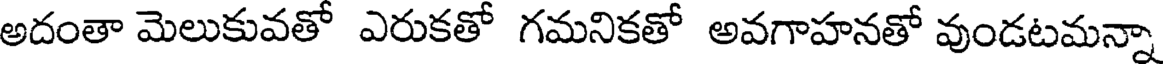
అదంతా మెలుకువతో ఎరుకతో గమనికతో అవగాహనతో వుండటమన్నా